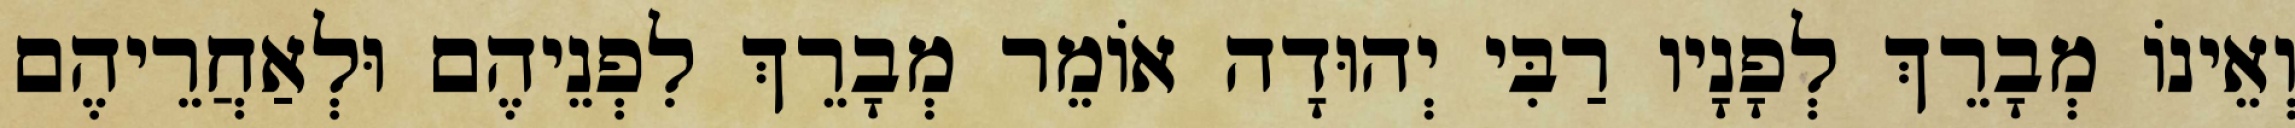
וְאֵינוֹ מְבָרֵךְ לְפָנָיו רַבִּי יְהוּדָה אוֹמֵר מְבָרֵךְ לִפְנֵיהֶם וּלְאַחֲרֵיהֶם